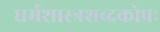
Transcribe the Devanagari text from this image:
धर्मशास्त्रशब्दकोषः